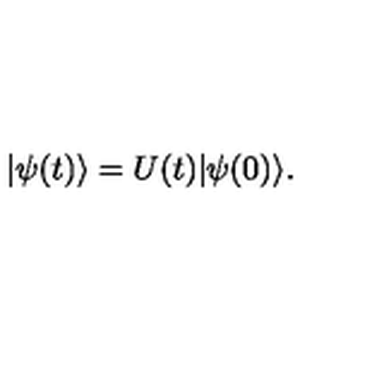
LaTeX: \vert \psi ( t ) \rangle = U ( t ) \vert \psi ( 0 ) \rangle .